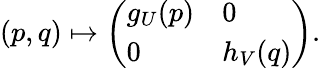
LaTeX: (p,q)\mapsto{\left(\begin{array}{ll}{g_{U}(p)}&{0}\\ {0}&{h_{V}(q)}\end{array}\right)}.